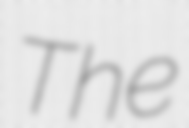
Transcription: The